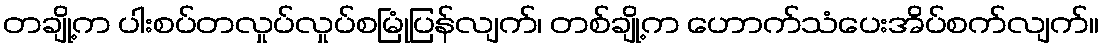
တချို့က ပါးစပ်တလှုပ်လှုပ်စမြုံပြန်လျက်၊ တစ်ချို့က ဟောက်သံပေးအိပ်စက်လျက်။